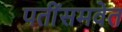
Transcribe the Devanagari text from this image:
पतींसमवेत